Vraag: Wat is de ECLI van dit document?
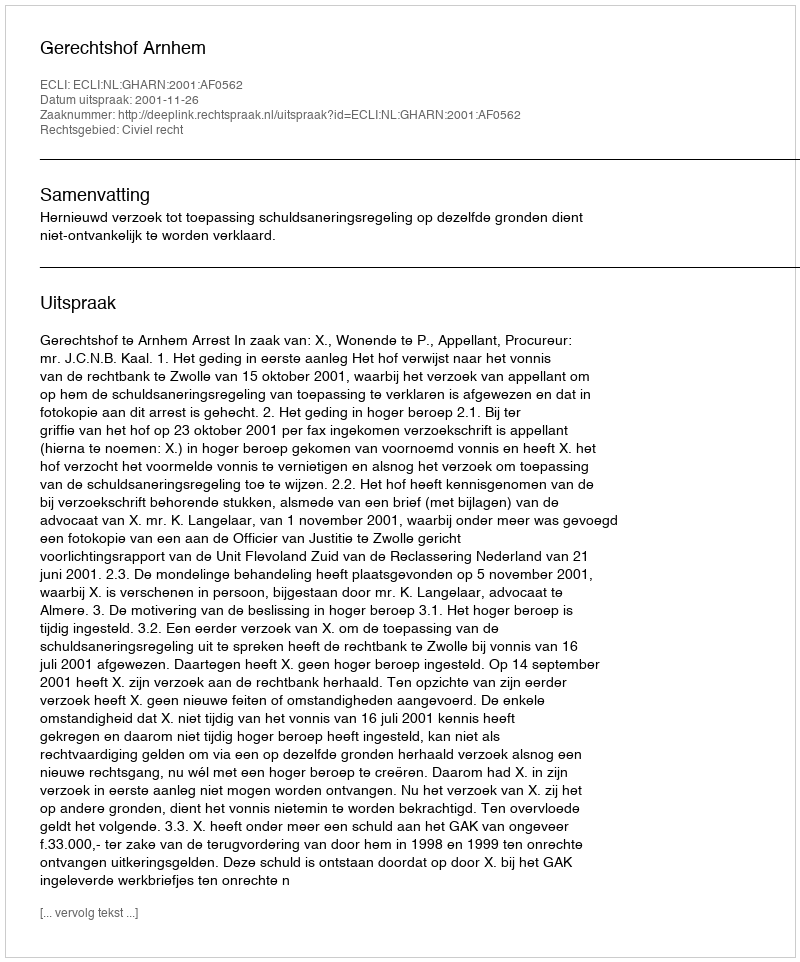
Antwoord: ECLI:NL:GHARN:2001:AF0562